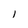
Character: l